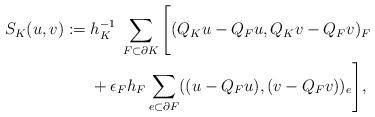
LaTeX: \begin{align*}\begin{aligned}S_K(u,v) :=\; &h_K^{-1}\;\sum_{F\subset \partial K}\Bigg[(Q_K u-Q_F u,Q_K v-Q_F v)_{F}\\&+\epsilon_F h_F\sum_{e\subset \partial F} ( (u-Q_F u), (v-Q_F v))_e\Bigg],\end{aligned}\end{align*}